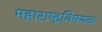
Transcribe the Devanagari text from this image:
महाराष्‍ट्रविषयक